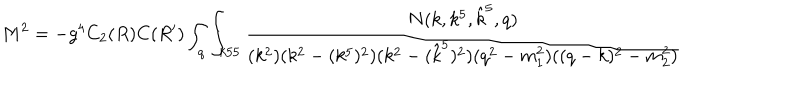
M ^ { 2 } = - g ^ { 4 } C _ { 2 } ( R ) C ( R ^ { \prime } ) \int _ { q } \int _ { k 5 5 } { \frac { N ( k , k ^ { 5 } , { \hat { k } } ^ { 5 } , q ) } { ( k ^ { 2 } ) ( k ^ { 2 } - ( k ^ { 5 } ) ^ { 2 } ) ( k ^ { 2 } - ( { \hat { k } } ^ { 5 } ) ^ { 2 } ) ( q ^ { 2 } - m _ { 1 } ^ { 2 } ) ( ( q - k ) ^ { 2 } - m _ { 2 } ^ { 2 } ) } }